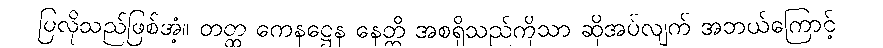
ပြလိုသည်ဖြစ်အံ့။ တတ္ထ ကေနဋ္ဌေန နေတ္တိ အစရှိသည်ကိုသာ ဆိုအပ်လျက် အဘယ်ကြောင့်